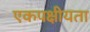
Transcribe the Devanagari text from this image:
एकपक्षीयता